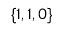
\{ 1 , 1 , 0 \}